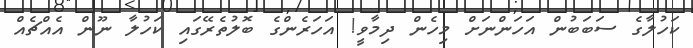
ކަހުލާގެ ސަބަބުން އަހަންނަށް މިހެން ދިމާވީ! އަހަރެންގެ ބޮލުތެރޭގައި ކަހުލާ ނޫން އެއްޗެއް